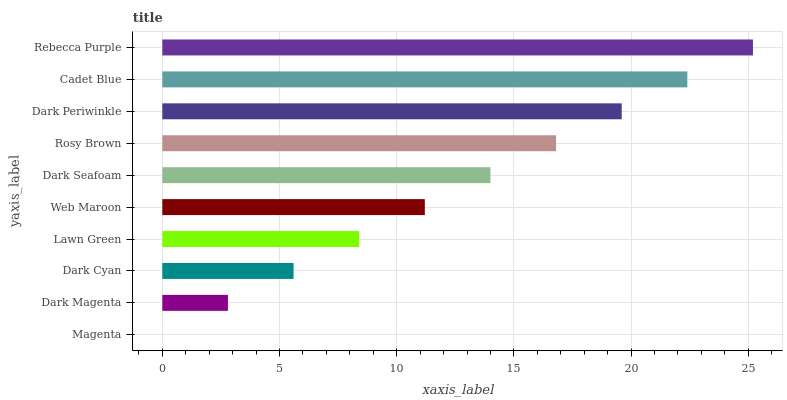
| yaxis_label | bars |
 | --- | --- |
 | Magenta | 0 |
 | Dark Magenta | 2.8 |
 | Dark Cyan | 5.6 |
 | Lawn Green | 8.4 |
 | Web Maroon | 11.2 |
 | Dark Seafoam | 14 |
 | Rosy Brown | 16.8 |
 | Dark Periwinkle | 19.6 |
 | Cadet Blue | 22.4 |
 | Rebecca Purple | 25.2 |